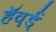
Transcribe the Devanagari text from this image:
हॅव़र्ड्